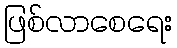
ဖြစ်လာစေရေး